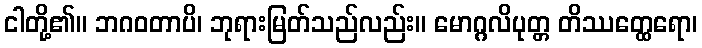
ငါတို့၏။ ဘဂဝတာပိ၊ ဘုရားမြတ်သည်လည်း။ မောဂ္ဂလိပုတ္တ တိဿတ္ထေရော၊